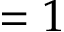
= 1